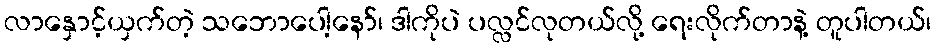
လာနှောင့်ယှက်တဲ့ သဘောပေါ့နော်၊ ဒါကိုပဲ ပလ္လင်လုတယ်လို့ ရေးလိုက်တာနဲ့ တူပါတယ်၊